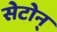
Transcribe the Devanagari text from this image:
सेटोन्